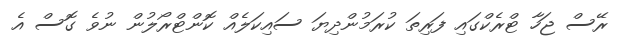
ރޭސް ޖަހާ ޓްރެކްގައި ފަރިތަ ކުރަމުންދިޔަ ސައިކަލެއް ކޮންޓްރޯލުން ނުވެ ގޮސް އެ